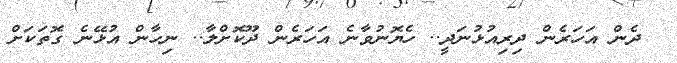
ދެން އަހަރެން ދިރިއުޅުނަދީ.. ހެޔޮނުވާނެ އަހަރެން ދޫކޮށްލާ.. ނިހާން އުޅޭނެ ގޮތަކަށް